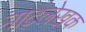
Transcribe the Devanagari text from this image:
नाटलेखक